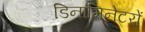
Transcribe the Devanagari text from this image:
डिनामिनेटरों